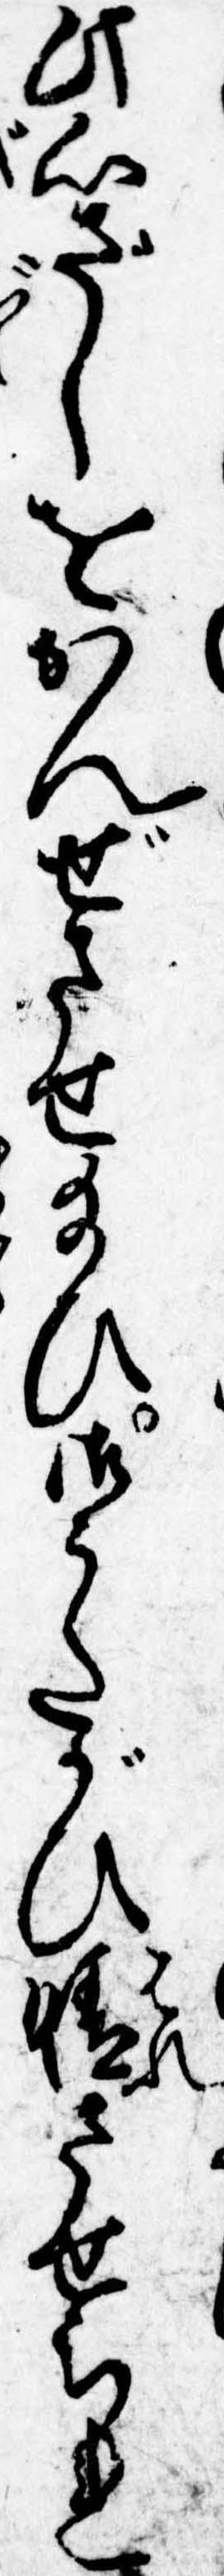
此心ざしをかんぜさせ給ひ御うたがひ晴させられ